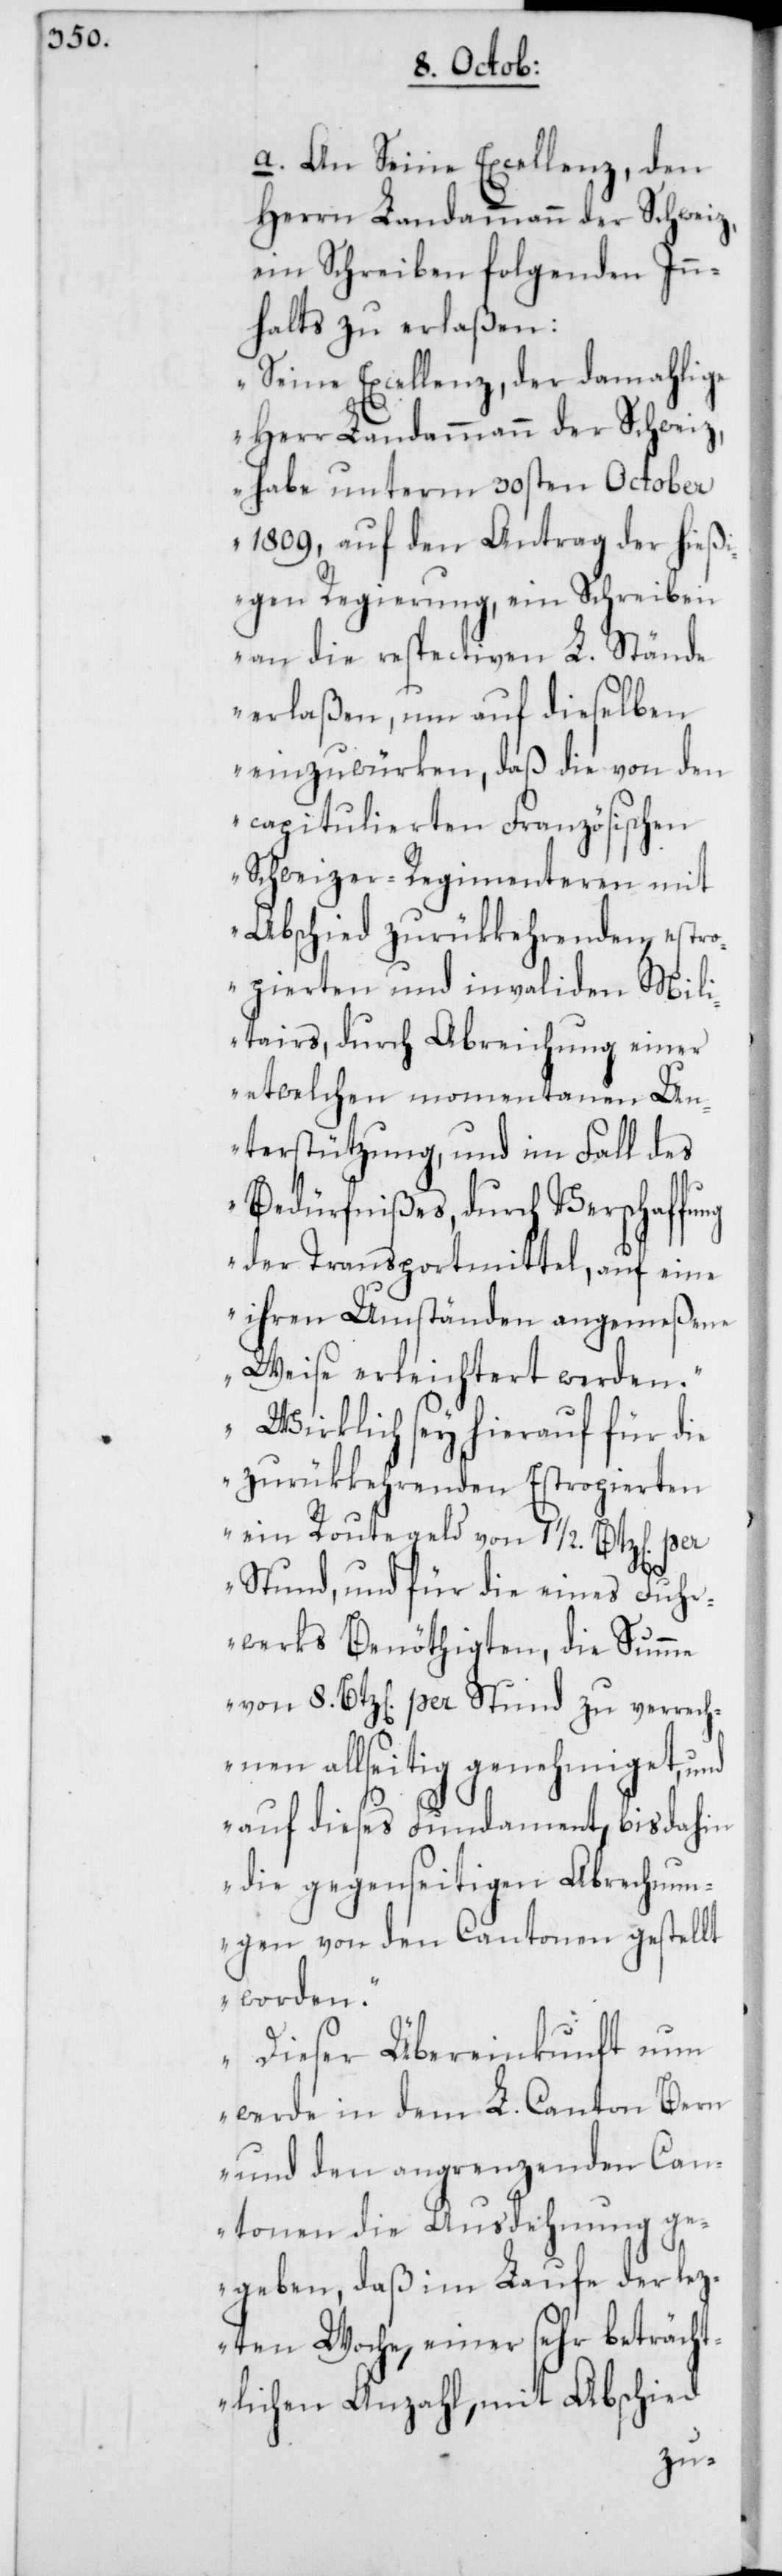
a. An Seine Excellenz, den
Herrn Landammann der Schweiz,
ein Schreiben folgenden Inn¬
halts zu erlaßen:
„Seine Excellenz, der damahlige
Herr Landammann der Schweiz,
habe unterm 30sten October
1809, auf den Antrag der hieß¬
igen Regierung, ein Schreiben
an die respectiven L. Stände
erlaßen, um auf dieselben
einzuwürken, daß die von den
capitulierten Französischen
Schweizer-Regimenteren mit
Abschied zurükkehrenden, estr¬
opierten und invaliden Mili¬
tairs, durch Abreichung einer
etwelchen momentanen Un¬
terstützung, und im Fall des
Bedürfnißes, durch Verschaffu¬
der Transportmittel, auf eine
ihren Umständen angemeßene
Weise erleichteret werden.
Wirklich sey hierauf für die
zurükkehrenden Estropierten
ein Routegeld von 1 1/2 Btz[en]. per
Stund, und für die eines Fuhr¬
werks Benöthigten, die Summe
von 8. Btz[en]. per Stund zu verrech¬
nen allseitig genehmiget, und
auf dieses Fundament, bis dahin
die gegenseitigen Abrechnun¬
gen von den Cantonen gestellt
worden.
Dieser Übereinkunft nun
werde in dem L. Canton Bern
und den angrenzenden Ca¬
ntonen die Ausdehnung ge¬
geben, daß im Laufe der lez¬
ten Woche, einer sehr beträcht¬
lichen Anzahl, mit Abschied
ng